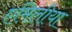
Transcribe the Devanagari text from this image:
एमिलीया